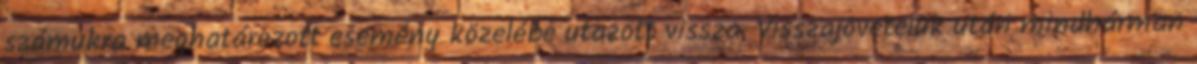
számukra meghatározott esemény közelébe utazott vissza. Visszajövetelük után mindhárman